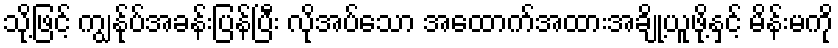
သို့ဖြင့် ကျွန်ုပ်အခန်းပြန်ပြီး လိုအပ်သော အထောက်အထားအချို့ယူဖို့နှင့် မိန်းမကို